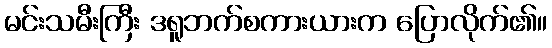
မင်းသမီးကြီး ဒရူဘက်စကားယားက ပြောလိုက်၏။